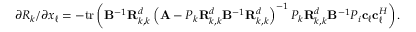
\begin{array} { r } { \partial R _ { k } / \partial x _ { \ell } = - \mathrm { { t r } } \left( { \uppercase { \mathbf { B } } } ^ { - 1 } { \uppercase { \mathbf { R } } } _ { k , k } ^ { d } \left( { \uppercase { \mathbf { A } } } - P _ { k } { \uppercase { \mathbf { R } } } _ { k , k } ^ { d } { \uppercase { \mathbf { B } } } ^ { - 1 } { \uppercase { \mathbf { R } } } _ { k , k } ^ { d } \right) ^ { - 1 } P _ { k } { \uppercase { \mathbf { R } } } _ { k , k } ^ { d } { \uppercase { \mathbf { B } } } ^ { - 1 } P _ { i } { \lowercase { \mathbf { c } } } _ { \ell } { \lowercase { \mathbf { c } } } _ { \ell } ^ { H } \right) . } \end{array}